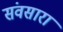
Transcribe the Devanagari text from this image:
संवसारा